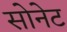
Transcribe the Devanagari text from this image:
सोनेट